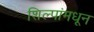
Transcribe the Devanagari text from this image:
शिल्पांमधून